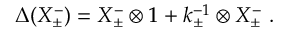
\Delta ( X _ { \pm } ^ { - } ) = X _ { \pm } ^ { - } \otimes 1 + k _ { \pm } ^ { - 1 } \otimes X _ { \pm } ^ { - } ~ .